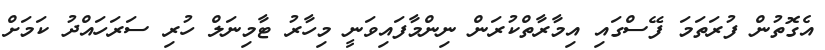
އެގޮތުން ފުރަތަމަ ފޭސްގައި އިމާރާތްކުރަން ނިންމާފައިވަނީ މިހާރު ޓާމިނަލް ހުރި ސަރަހައްދު ކަމަށް